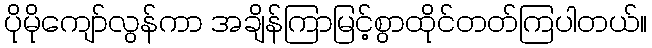
ပိုမိုကျော်လွန်ကာ အချိန်ကြာမြင့်စွာထိုင်တတ်ကြပါတယ်။